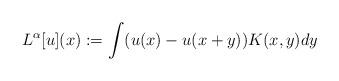
LaTeX: \begin{align*}L^\alpha[u](x) := \int (u(x) - u(x+y)) K(x,y) dy\end{align*}